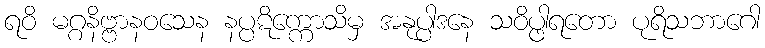
ရဝိ မဂ္ဂနိဗ္ဗာနဝသေန နပ္ပဋိက္ကောသိမှ အနုပ္ပါဒနေ သဝိပ္ဖါရတော ပုရိသဘာဂေါ